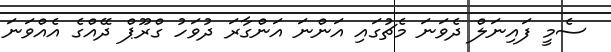
ސެމީ ފައިނަލް ދެވަނަ މެޗުގައި އަންނަ އަންގާރަ ދުވަހު ގްރޫޕް ދޭއްގެ އެއްވަނަ